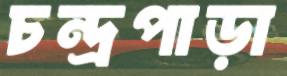
চন্দ্রপাড়া